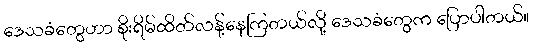
ဒေသခံတွေဟာ စိုးရိမ်ထိတ်လန့်နေကြတယ်လို့ ဒေသခံတွေက ပြောပါတယ်။